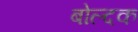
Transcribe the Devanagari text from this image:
बोल्दक